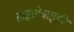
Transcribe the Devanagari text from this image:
हाइग्रोबाइडी